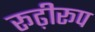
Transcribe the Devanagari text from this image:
रूढ़ीरूप